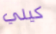
كيلي